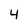
Character: 4